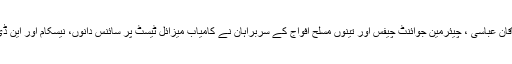
صدر مملکت ممنون حسین ،وزیر اعظم شاہد خاقان عباسی ، چیئرمین جوائنٹ چیفس اور تینوں مسلح افواج کے سربراہان نے کامیاب میزائل ٹیسٹ پر سائنس دانوں، نیسکام اور این ڈی سی کے انجینئرز کو مبارک باد پیش کی ہے۔